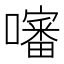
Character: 𡂹